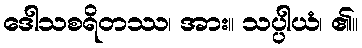
ဒေါသစရိတဿ၊ အား။ သပ္ပါယံ၊ ၏။